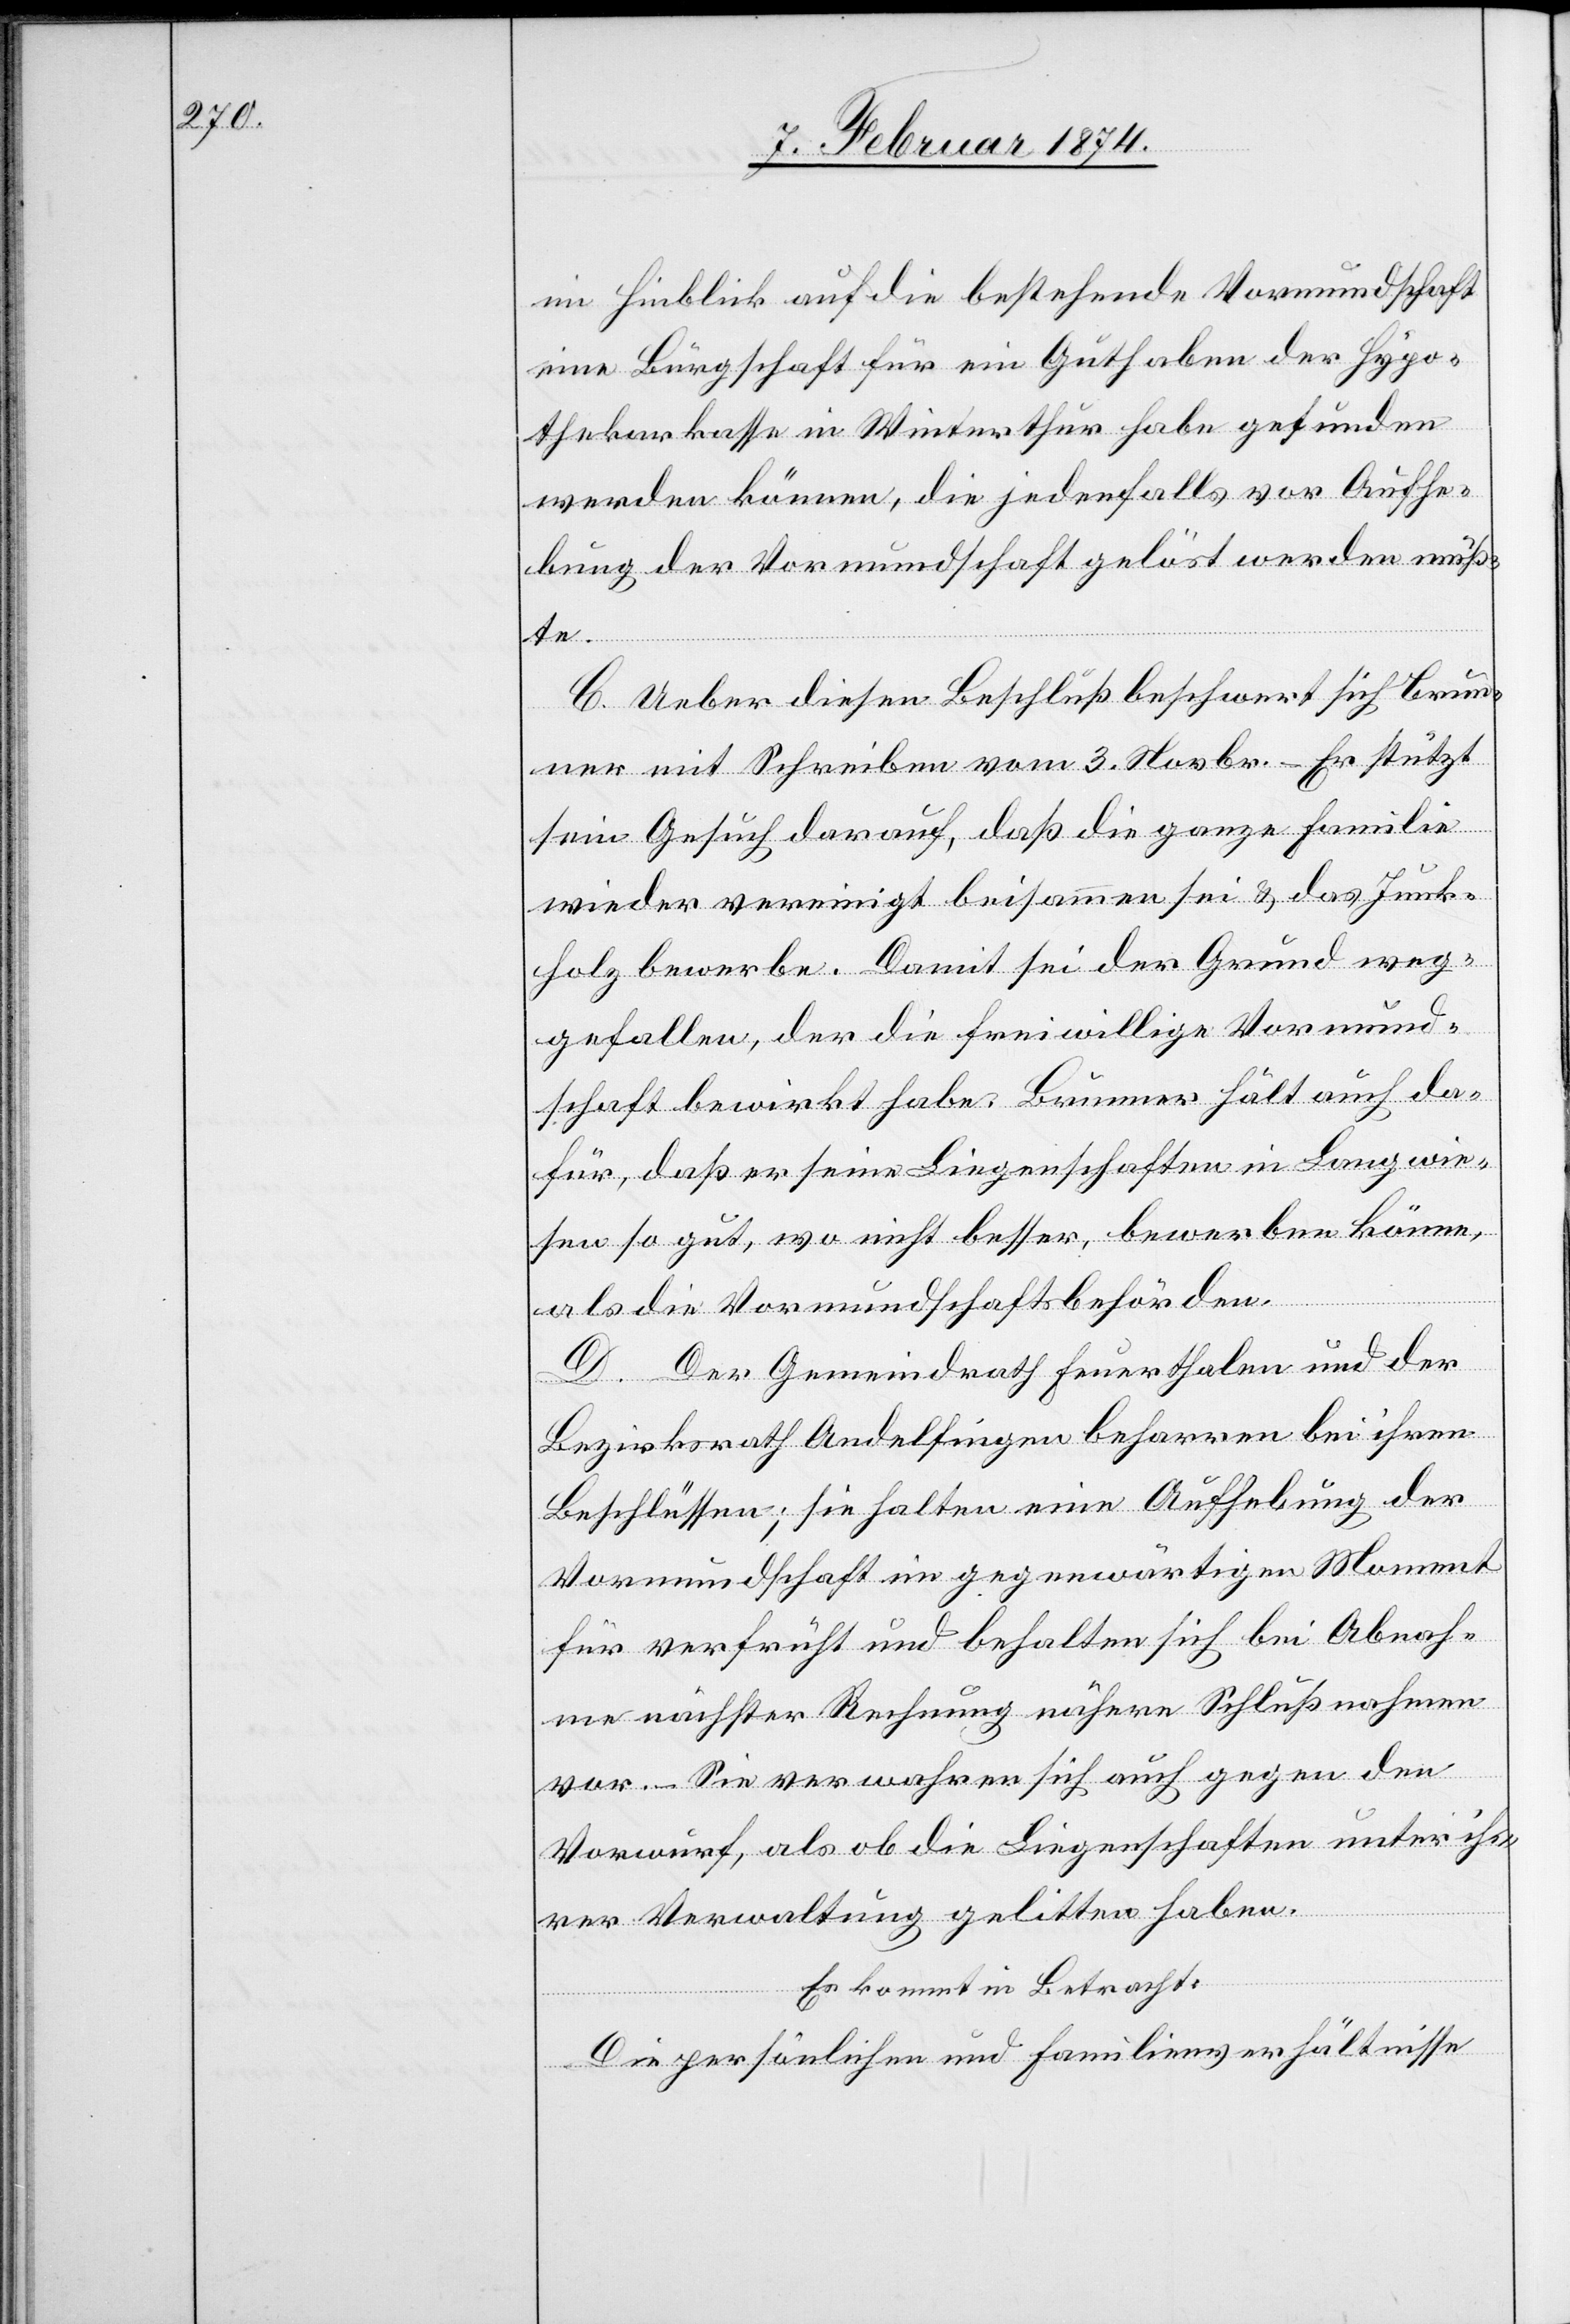
im Hinblick auf die bestehende Vormundschaft
eine Bürgschaft für ein Guthaben der Hypo¬
thekarkasse in Winterthur habe gefunden
werden können, die jedenfalls vor Aufhe¬
bung der Vormundschaft gelöst werden muß¬
te.
C. Ueber diesen Beschluß beschwert sich Brun¬
ner mit Schreiben vom 3. Novbr. – Er stützt
sein Gesuch darauf, daß die ganze Familie
wieder vereinigt beisammen sei u. das Junk¬
holz bewerbe. Damit sei der Grund weg¬
gefallen, der die freiwillige Vormund¬
schaft bewirkt habe. Brunner hält auch da¬
für, daß er seine Liegenschaften in Langwie¬
sen so gut, wo nicht besser, bewerben könne,
als die Vormundschaftsbehörden.
D. Der Gemeindrath Feuerthalen und der
Bezirksrath Andelfingen beharren bei ihren
Beschlüssen; sie halten eine Aufhebung der
Vormundschaft im gegenwärtigen Moment
für verfrüht und behalten sich bei Abnah¬
me nächster Rechnung nähere Schlußnahmen
vor. –Sie verwahren sich auch gegen den
Vorwurf, als ob die Liegenschaften unter ih¬
rer Verwaltung gelitten haben.
Es kommt in Betracht:
Die persönlichen und Familienverhältnisse